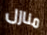
منازل